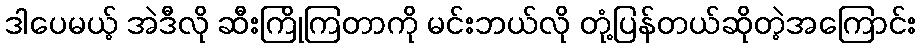
ဒါပေမယ့် အဲဒီလို ဆီးကြိုကြတာကို မင်းဘယ်လို တုံ့ပြန်တယ်ဆိုတဲ့အကြောင်း